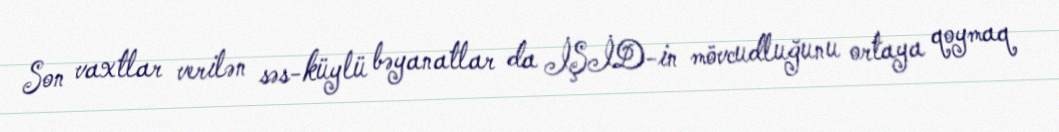
Son vaxtlar verilən səs-küylü bəyanatlar da İŞİD-in mövcudluğunu ortaya qoymaq